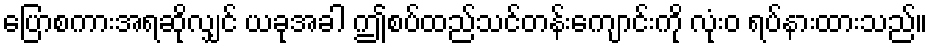
ပြောစကားအရဆိုလျှင် ယခုအခါ ဤစပ်ထည်သင်တန်းကျောင်းကို လုံးဝ ရပ်နားထားသည်။